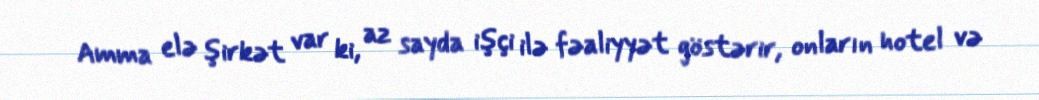
Amma elə şirkət var ki, az sayda işçi ilə fəaliyyət göstərir, onların hotel və